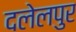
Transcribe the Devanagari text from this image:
दलेलपुर